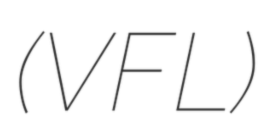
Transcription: (VFL)